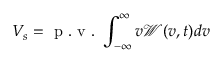
V _ { s } = \mathrm { ~ p ~ . ~ v ~ . ~ } \int _ { - \infty } ^ { \infty } v \mathcal W ( v , t ) d v